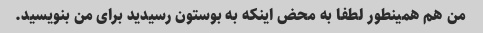
من هم همینطور لطفا به محض اینکه به بوستون رسیدید برای من بنویسید.